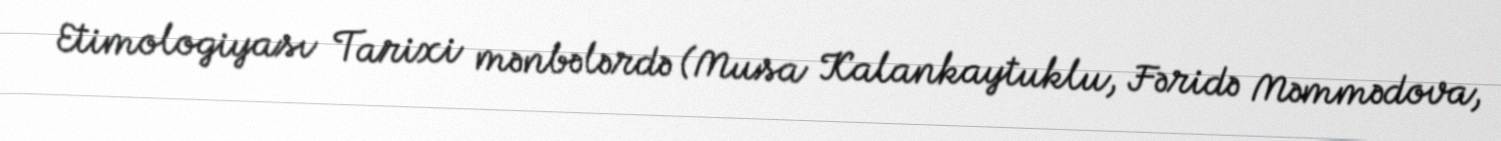
Etimologiyası Tarixi mənbələrdə (Musa Kalankaytuklu, Fəridə Məmmədova,